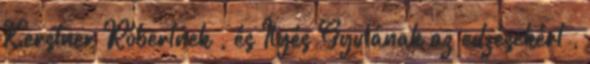
Kerstner Róbertnek , és Ilyés Gyulának az edzésekért ,